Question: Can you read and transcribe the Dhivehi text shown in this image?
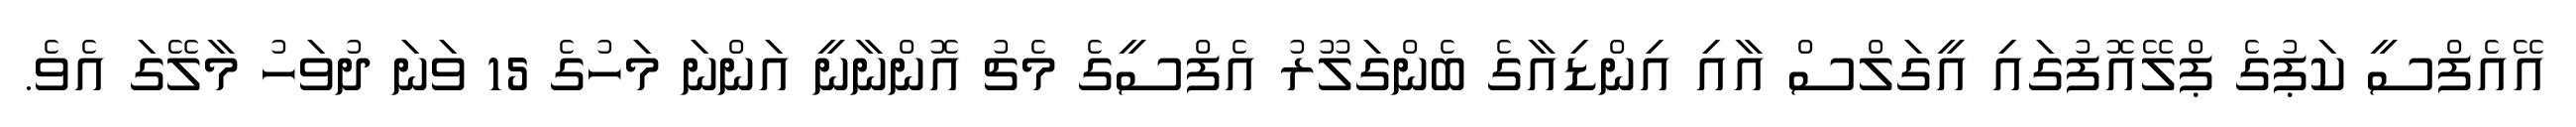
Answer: އޭއެފްސީ ކަޕުގެ ޕްލޭއޮފުގައި އީގަލްސް އާއި އިންޑިއާގެ ބެންގަލޫރު އެފްސީގެ މެޗު އޮންނާނީ އަންނަ މަހުގެ 15 ވަނަ ދުވަހު މާލޭގަ އެވެ.